Black-water fever - Number 35
Disease focus: Fever
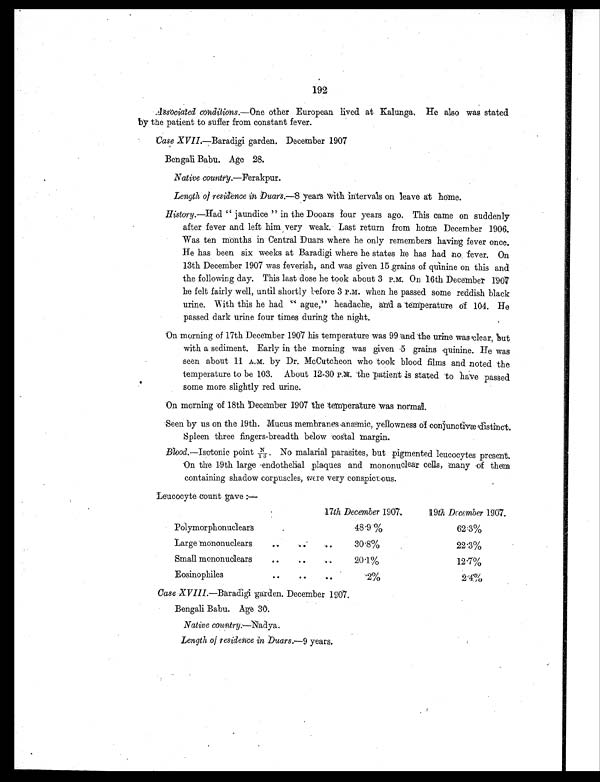
192
Associated conditions. —One other European lived at Kalunga. He also was stated
by the patient to suffer from constant fever.
Case XVII —Baradigi garden. December 1907
Bengali Babu. Age 28.
Native country.—Ferakpur.
Length of residence in Duars.—8 years with intervals on leave at home.
History.—Had. " jaundice " in the Dooars four years ago. This came on suddenly
after fever and left him very weak. Last return from home December 1906.
Was ten months in Central Duars where he only remembers having fever once.
He has been six weeks at Baradigi where he states he has had no fever. On
13th December 1907 was feverish, and was given 15 grains of quinine on this and
the following day. This last dose he took about 3 P.M. On 16th December 1907
he felt fairly well, until shortly before 3 P.M. when he passed some reddish black
urine. With this he had ague," headache, anti a temperature of 104. He
passed dark urine four times during the night.
On morning of 17th December 1907 his temperature was 99 and the urine was clear, but
with a sediment. Early in the morning was given -5 grains quinine. He was
seen about 11 A.M. by Dr. McCutcheon who took blood films and noted the
temperature to be 103. About 12-30 P.M. the patient is stated to have passed
some more slightly red urine.
On morning of 18th December 1907 the temperature was normal.
Seen by us on the 19th. Mucus membranes anæmic, yellowness of conjunctivæ distinct.
Spleen three fingers-breadth below costal margin.
B l o o d .
— I s o t o n i c p o i n t N / 1 3 N o m a l a r i a l p a r a s i t e s , b u t p i g m e n t e d l e u c o c y t e s p r e s e n t .
On the 19th large endothelial plaques and mononuclear cells, many of them
containing shadow corpuscles, were very conspicuous.
Leucocyte count gave
17th December 1907.
19th December 1907.
Polymorphonuclears
48.9.%
62.3%
Large mononuclears
. . . . . .
30.8%
22.3%
Small menonuolears
..
..
20.1%
12.7%
Eosinophiles
..
..
..
.2%
2.4%
Case XVIII.—Baradigi garden. December 1907.
Bengali Babu. Age 30.
Native country.—Nadya.
Length of residence in Duars.—9 years,